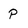
Character: p